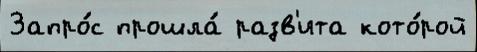
Запро́с прошла́ разв'ита кото́рой